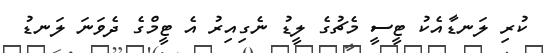
ކުރި ލަނޑާއެކު ޓީސީ މެޗުގެ ލީޑު ނެގިއިރު އެ ޓީމްގެ ދެވަނަ ލަނޑު